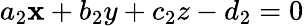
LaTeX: a_{2}\mathbf{x}+b_{2}y+c_{2}z-d_{2}=0